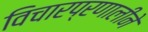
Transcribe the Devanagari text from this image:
विचारप्रणालीने